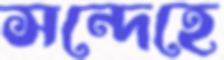
সন্দেহে